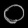
Digit: ၀